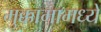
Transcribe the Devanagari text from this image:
मुक्कामामध्ये